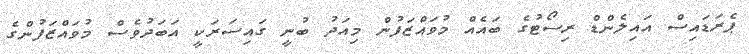
ޕެރަޑައިސް އައިލެންޑް ރިސޯޓުގެ ބައެއް މުވައްޒަފުން މިއަދު ބުނީ ގައިސަރަކީ އަބަދުވެސް މުވައްޒަފުންގެ